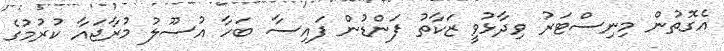
އެގޮތުން މިނިސްޓަރު ވިދާޅުވީ ޒަކާތު ފަންޑުން ފައިސާ ބަހާ އުސޫލު މުރާޖައާ ކުރުމުގެ